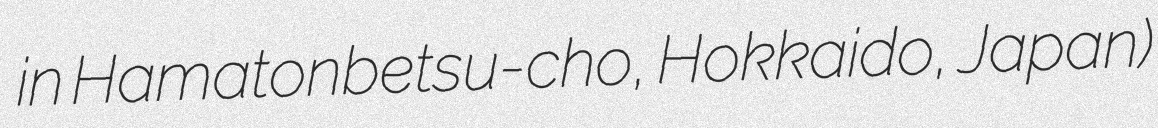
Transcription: in Hamatonbetsu-cho, Hokkaido, Japan)